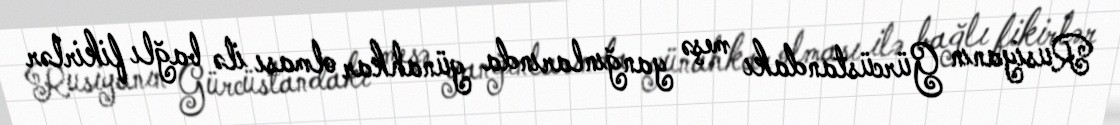
Rusiyanın Gürcüstandakı meşə yanğınlarında günahkar olması ilə bağlı fikirlər